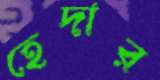
হেদার